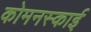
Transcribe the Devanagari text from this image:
कोमनस्काई